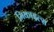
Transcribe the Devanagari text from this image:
मिकाइल्स